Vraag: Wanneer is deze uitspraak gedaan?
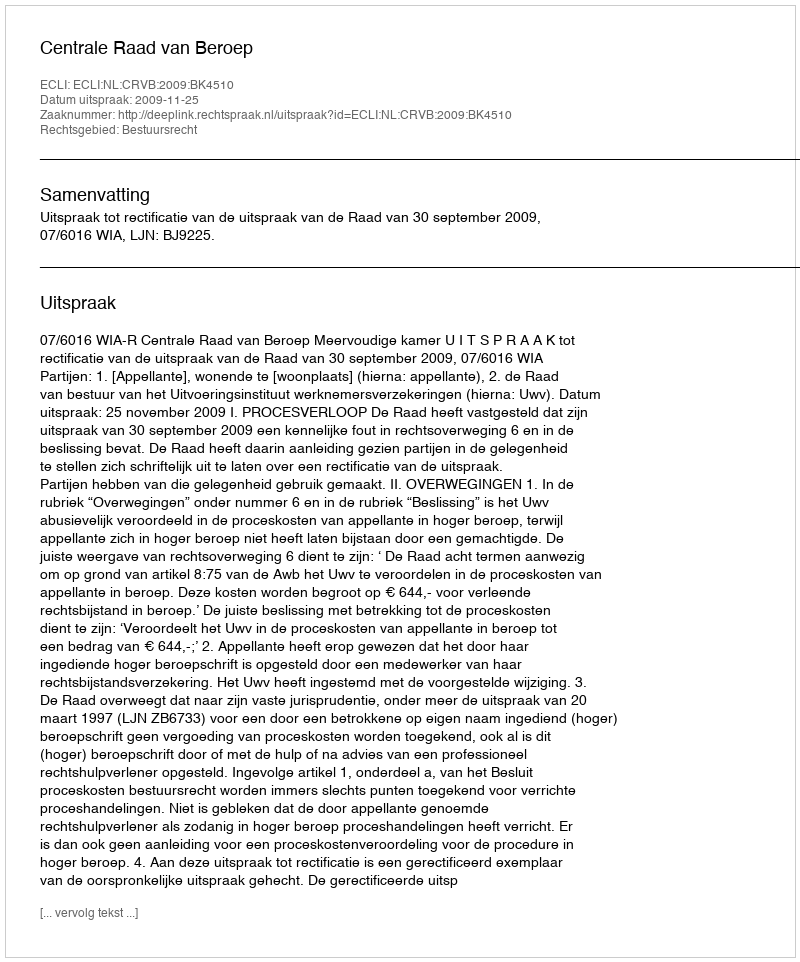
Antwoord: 2009-11-25